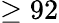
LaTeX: \ge 92